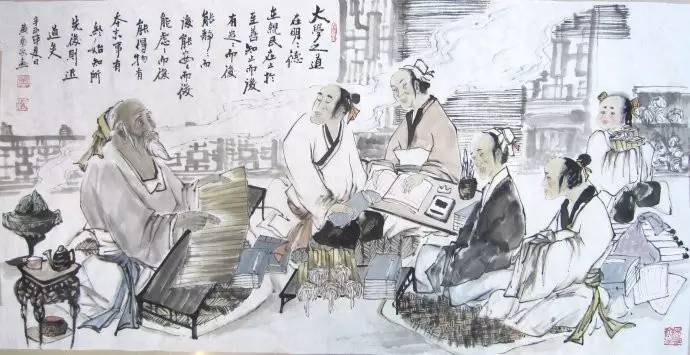
百王之无变，足以为道贯。一废一起，应之以贯，理贯不乱。不知贯，不知应变。